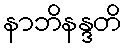
နာဘိနန္ဒတိ